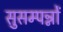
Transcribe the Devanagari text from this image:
सुसम्पन्नों